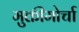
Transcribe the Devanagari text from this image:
मुक्तीमोर्चा